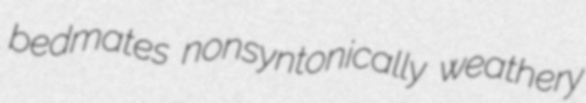
bedmates nonsyntonically weathery